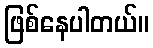
ဖြစ်နေပါတယ်။